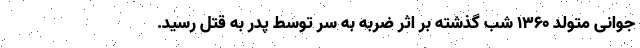
جوانی متولد ۱۳۶۰ شب گذشته بر اثر ضربه به سر توسط پدر به قتل رسید.